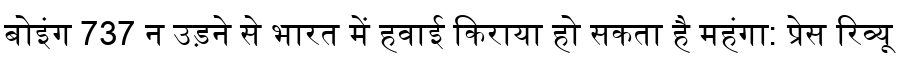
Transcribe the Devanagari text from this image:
बोइंग 737 न उड़ने से भारत में हवाई किराया हो सकता है महंगा: प्रेस रिव्यू